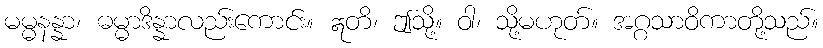
မမ္မနန္နာ၊ ဓမ္မာဒိန္နာလည်းကောင်း။ ဣတိ၊ ဤသို့။ ဝါ၊ သို့မဟုတ်။ အဂ္ဂသာဝိကာတို့သည်။